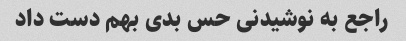
راجع به نوشیدنی حس بدی بهم دست داد